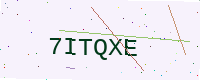
Text: 7ITQXE